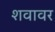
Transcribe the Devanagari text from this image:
शवावर